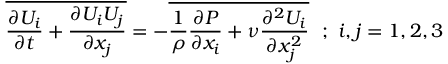
\overline { { { \frac { \partial U _ { i } } { \partial t } } + { \frac { \partial U _ { i } U _ { j } } { \partial x _ { j } } } } } = - \overline { { { \frac { 1 } { \rho } } { \frac { \partial P } { \partial x _ { i } } } + \nu { \frac { \partial ^ { 2 } U _ { i } } { \partial x _ { j } ^ { 2 } } } } } ~ ~ ; ~ i , j = 1 , 2 , 3